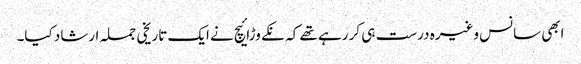
ابھی سانس وغیرہ درست ہی کر رہے تھے کہ نکے وڑائیچ نے ایک تاریخی جملہ ارشاد کیا۔